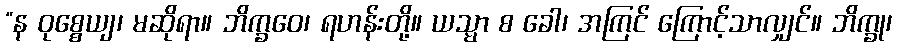
“န ဝုစ္စေယျ၊ မဆိုရာ။ ဘိက္ခဝေ၊ ရဟန်းတို့။ ယသ္မာ စ ခေါ၊ အကြင် ကြောင့်သာလျှင်။ ဘိက္ခု၊